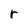
Character: r